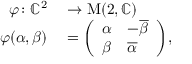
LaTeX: \begin{array} { r l } { \varphi \colon \mathbb { C } ^ { 2 } } & { { } \to \operatorname { M } ( 2 , \mathbb { C } ) } \\ { \varphi ( \alpha , \beta ) } & { { } = { \left( \begin{array} { l l } { \alpha } & { - { \overline { { \beta } } } } \\ { \beta } & { { \overline { { \alpha } } } } \end{array} \right) } , } \end{array}